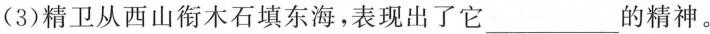
(3)精卫从西山衔木石填东海，表现出了它___的精神。